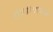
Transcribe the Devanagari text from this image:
तापाबरोबर